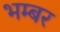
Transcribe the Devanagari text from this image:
भम्बर